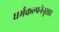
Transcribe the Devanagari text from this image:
धर्मकल्पनेनुसार